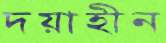
দয়াহীন